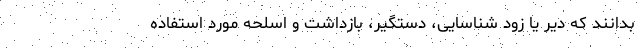
بدانند که دیر یا زود شناسایی، دستگیر، بازداشت و اسلحه مورد استفاده